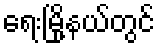
ရေးမြို့နယ်တွင်